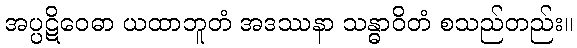
အပ္ပဋိဝေဓာ ယထာဘူတံ အဒဿနာ သန္ဓာဝိတံ စသည်တည်း။